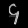
Digit: ၄